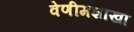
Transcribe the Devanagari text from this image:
वेणीमशाखा